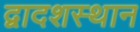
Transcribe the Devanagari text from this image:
द्वादशस्थान